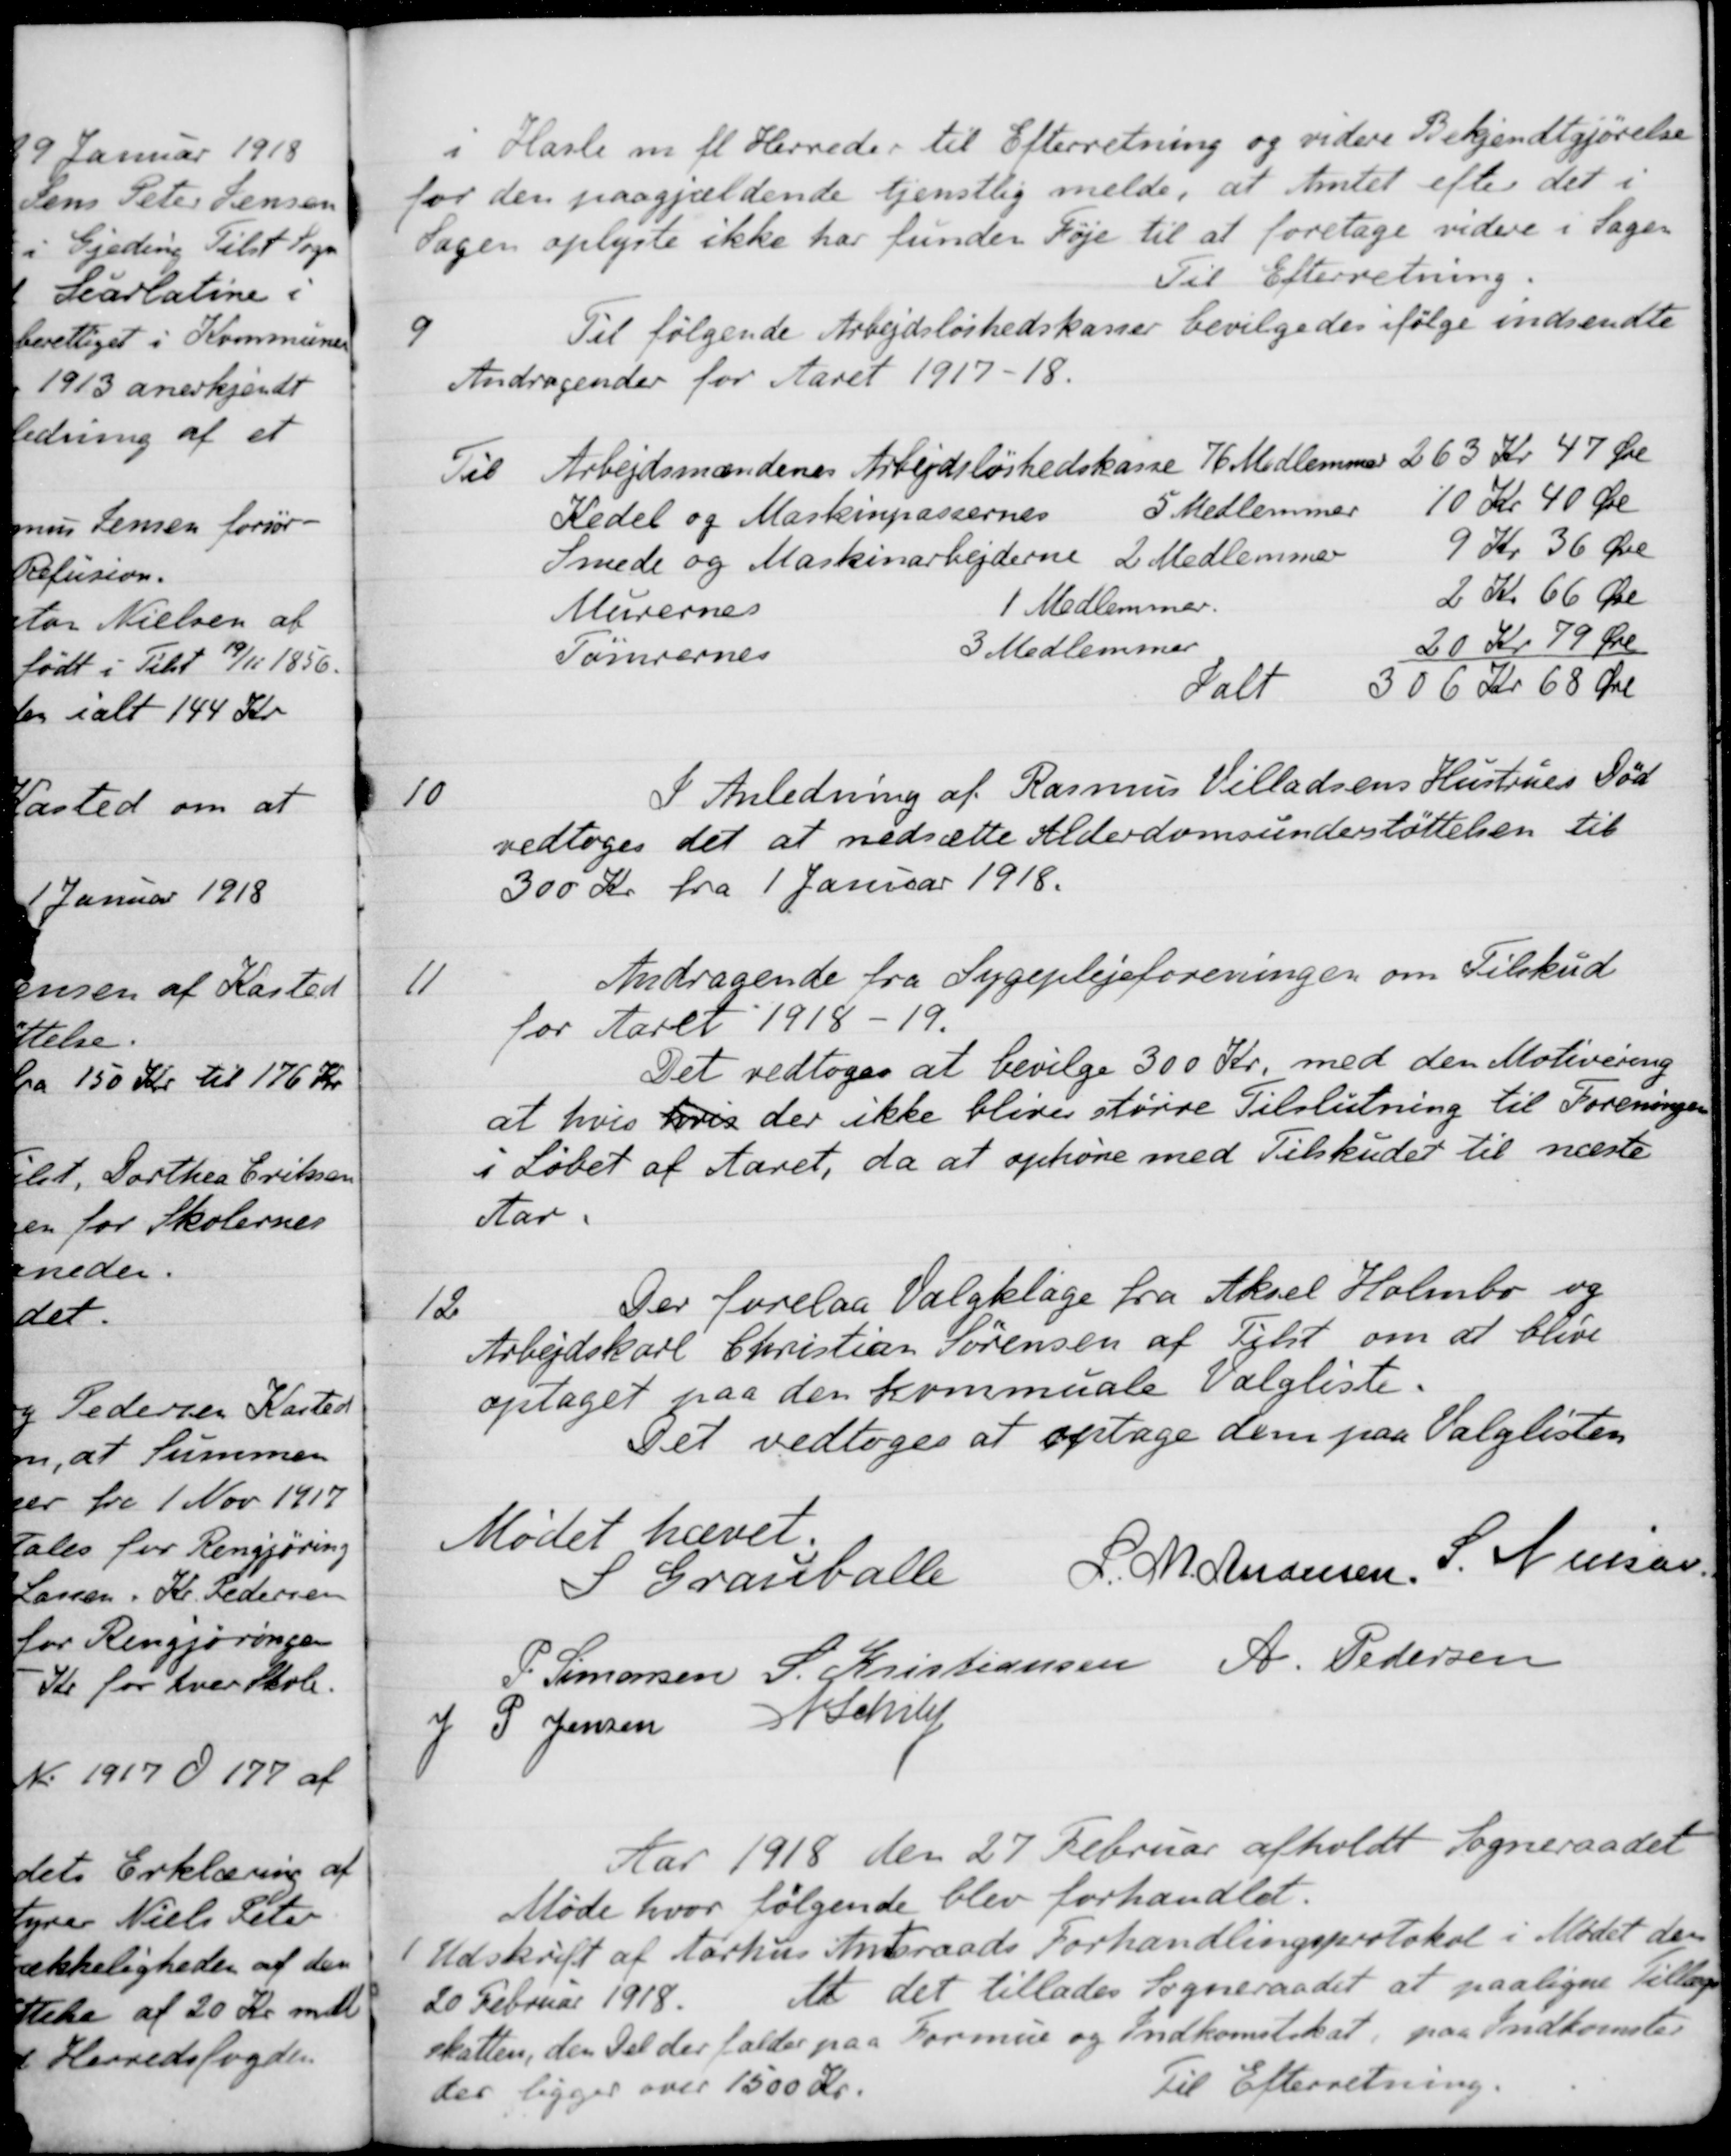
Transskription:
i Hasle m. fl. Herreder til Efterretning og videre Bekjendtgjørelse 
for den paagjældende tjenstlig melde, at Amtet efter det i
Sagen oplyste ikke har funden Føje til at foretage videre i Sagen
Til Efterretning.
9
Til følgende Arbejdsløshedskasser bevilgedes ifølge indsendte
Andragender for Aaret 1917-18.
Til Arbejdsmændenes Arbejdsløshedskasse
76 Medlemmer
263 Kr. 47 Øre
Kedel og Maskinpassernes 5 Medlemmer 10 Kr 40 Øre
5 Medlemmer
10 Kr 40 Øre
Smede og Maskinarbejderne
2 Medlemmer
9 Kr 36 Øre
Murernes
1 Medlemmer
2 Kr 66 Øre
Tømrernes
3 Medlemmer
20 Kr. 79 Øre
Ialt
306 kr 68 Øre
10
I Anledning af Rasmus Villadsens Hustrues Død
vedtoges det at nedsætte Alderdomsunderstøttelsen til
300 Kr fra 1 Januar 1918.
11
Andragende fra Sygeplejeforeningen om Tilskud
for Aaret 1918-19.
Det vedtoges at bevilge 300 Kr. med den Motivering
at hvis hvis der ikke bliver større Tilslutning til Foreningen
i Løbet af Aaret, da at ophøre med Tilskudet til næste
Aar.
12
Der forelaa Valgklage fra Aksel Holmbo og
Arbejdskarl Christian Sørensen af Tilst om at blive
optaget paa den kommuale Valgliste.
Det vedtoges at optage dem paa Valglisten
Mødet hævet.
S Grauballe
L. M. Andersen,
S. Nielsen
P. Simonsen
S. Kristiansen
A. Pedersen
J P Jensen
N. Schiby
Aar 1918 den 27 Februar afholdt Sogneraadet
Møde hvor følgende blev forhandlet.
Udskrift af Aarhus Amtsraads Forhandlingsprotokol i Mødet den
20 Februar 1918. At det tillades Sogneraadet at paaligne tillægs-
skatten, den Del der falder paa Formue og indkomstskat, paa Indkomster
der ligger over 1500 Kr.
Til Efterretning.